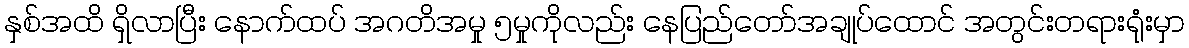
နှစ်အထိ ရှိလာပြီး နောက်ထပ် အဂတိအမှု ၅မှုကိုလည်း နေပြည်တော်အချုပ်ထောင် အတွင်းတရားရုံးမှာ